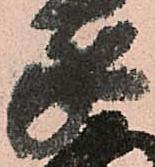
家